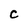
Character: C